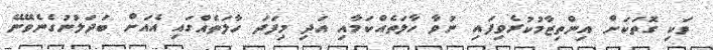
ވަކި ގޮތަކަށް އިންތިޒާމުކުރެވިފައި ނުވާ ހާލަތެއްކަމާއި އަދި މިފަދަ ހާލަތެއްގައި އެއަށް ބަދަލުނުގެނެވޭނޭ